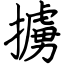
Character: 擄